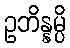
ဥဘိန္နမ္ပိ